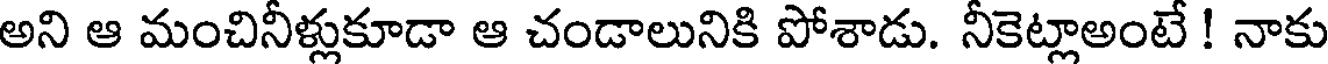
అని ఆ మంచినీళ్లుకూడా ఆ చండాలునికి పోశాడు. నీకెట్లాఅంటే ! నాకు